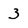
Character: 3